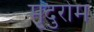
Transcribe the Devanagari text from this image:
मृदुरोम